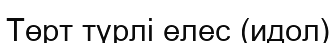
Төрт түрлі елес (идол)